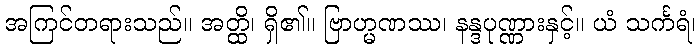
အကြင်တရားသည်။ အတ္ထိ၊ ရှိ၏။ ဗြာဟ္မဏဿ၊ နန္ဒပုဏ္ဏားနှင့်။ ယံ သင်္ကရံ၊